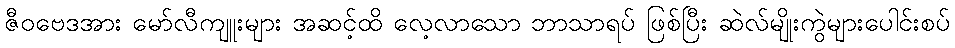
ဇီဝဗေဒအား မော်လီကျူးများ အဆင့်ထိ လေ့လာသော ဘာသာရပ် ဖြစ်ပြီး ဆဲလ်မျိုးကွဲများပေါင်းစပ်